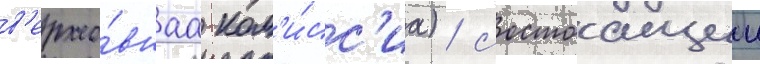
в'ерхо́внаа ком'и́сс'иа) / состоащии